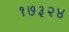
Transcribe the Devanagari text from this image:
१७३२४